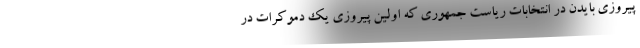
پیروزی بایدن در انتخابات ریاست جمهوری که اولین پیروزی یک دموکرات در